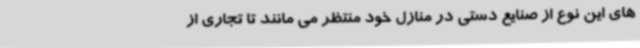
های این نوع از صنایع دستی در منازل خود منتظر می مانند تا تجاری از